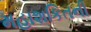
મહાશકિતની